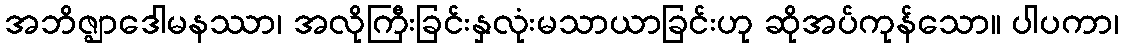
အဘိဇ္ဈာဒေါမနဿာ၊ အလိုကြီးခြင်းနှလုံးမသာယာခြင်းဟု ဆိုအပ်ကုန်သော။ ပါပကာ၊